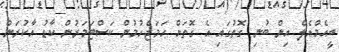
ބީއެމްއެލް އިން ބުނި ގޮތުގައި އެ ގޮތަށް ހަމަޖެހުމުން ކަސްޓަމަރުން ކާޑު އާކުރަން